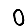
Digit: 0